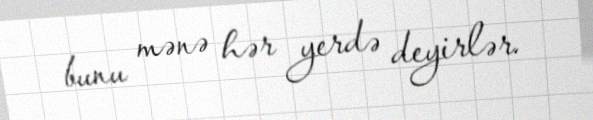
bunu mənə hər yerdə deyirlər.